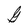
Character: G